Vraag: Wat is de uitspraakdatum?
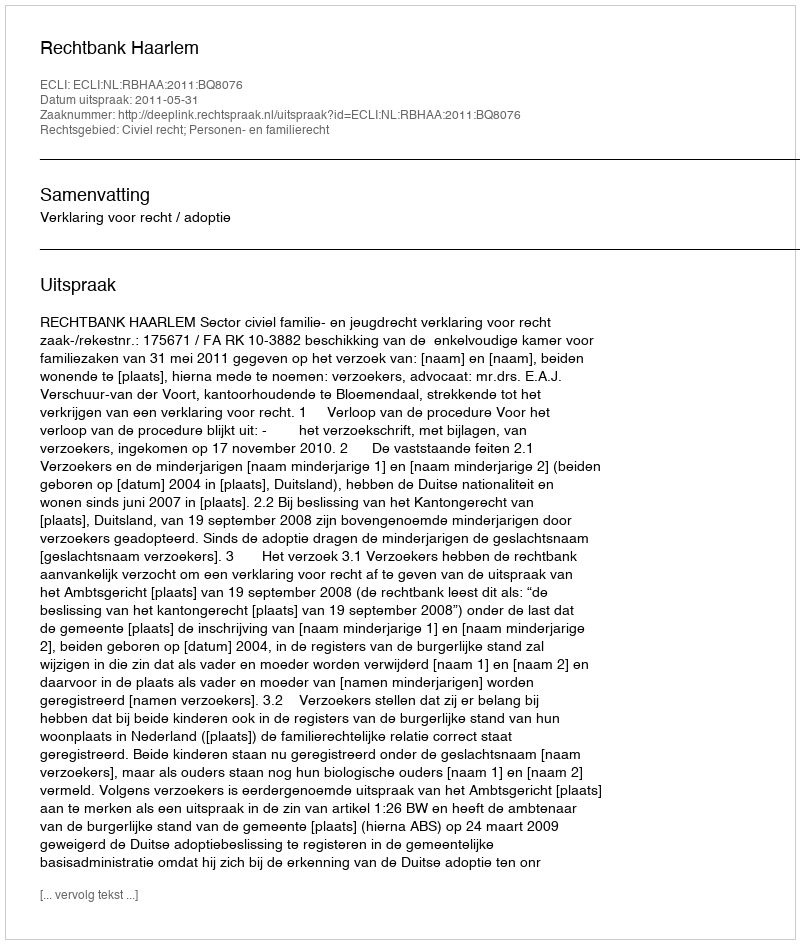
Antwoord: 2011-05-31